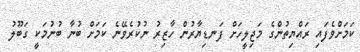
ކަމަށްވެފައި ރައްޔިތުންގެ މަޖިލީހަށް ފަނޑިޔާރުން ހާޒިރު ނުކުރެވޭނެ ކަމަށް ބުނާ ބުނުމަކީ ގަބޫލު